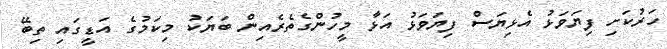
ހަރުކަށި ފިޔަވަޅު އެޅިޔަސް ފިޔަވަޅު އަޅާ މީހުންގެތެރެއިން ބަޔަކު މިކަމުގެ އަޑީގައި ތިބޭ